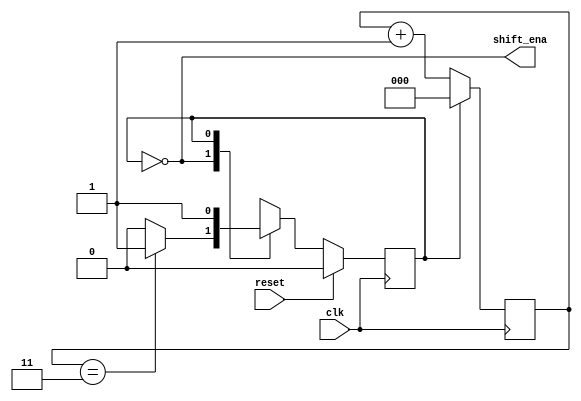
//2023_7_10 kerong
//FSM Enable shift register
module top_module (
    input clk,
    input reset,      // Synchronous reset
    output shift_ena);


    parameter RUN  = 1'd0;
    parameter STOP  = 1'd1;
    
    reg state, nstate;
    reg [2:0] cnt;

    always@(posedge clk)begin
        if(reset)begin
            state <= RUN;
        end
        else begin
            state <= nstate;
        end
    end

    always@(*)begin
        case(state)
            RUN:nstate = ((cnt == 3'd3) ? STOP : RUN);
            STOP:nstate = STOP;
        endcase
    end
    
    always@(posedge clk)begin
            case(state)
            RUN:cnt <= cnt + 3'd1;
            default:cnt <= 3'd0;
        endcase
    end

    assign shift_ena = (state == RUN);

endmodule